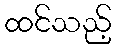
ထင်သည့်